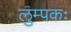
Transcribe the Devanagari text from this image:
लुम्पकः